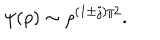
\psi ( \rho ) \sim \rho ^ { ( 1 \pm j ) / 2 } .